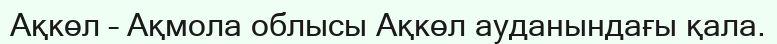
Ақкөл – Ақмола облысы Ақкөл ауданындағы қала.